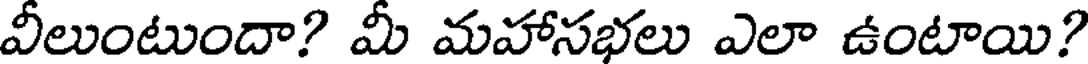
వీలుంటుందా? మీ మహాసభలు ఎలా ఉంటాయి?